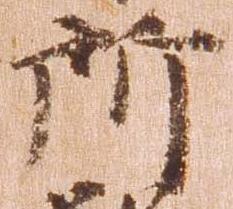
所